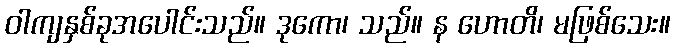
ဝါကျနှစ်ခုအပေါင်းသည်။ ဒုကော၊ သည်။ န ဟောတိ၊ မဖြစ်သေး။